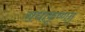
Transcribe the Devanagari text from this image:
राधाकृष्णन्‌